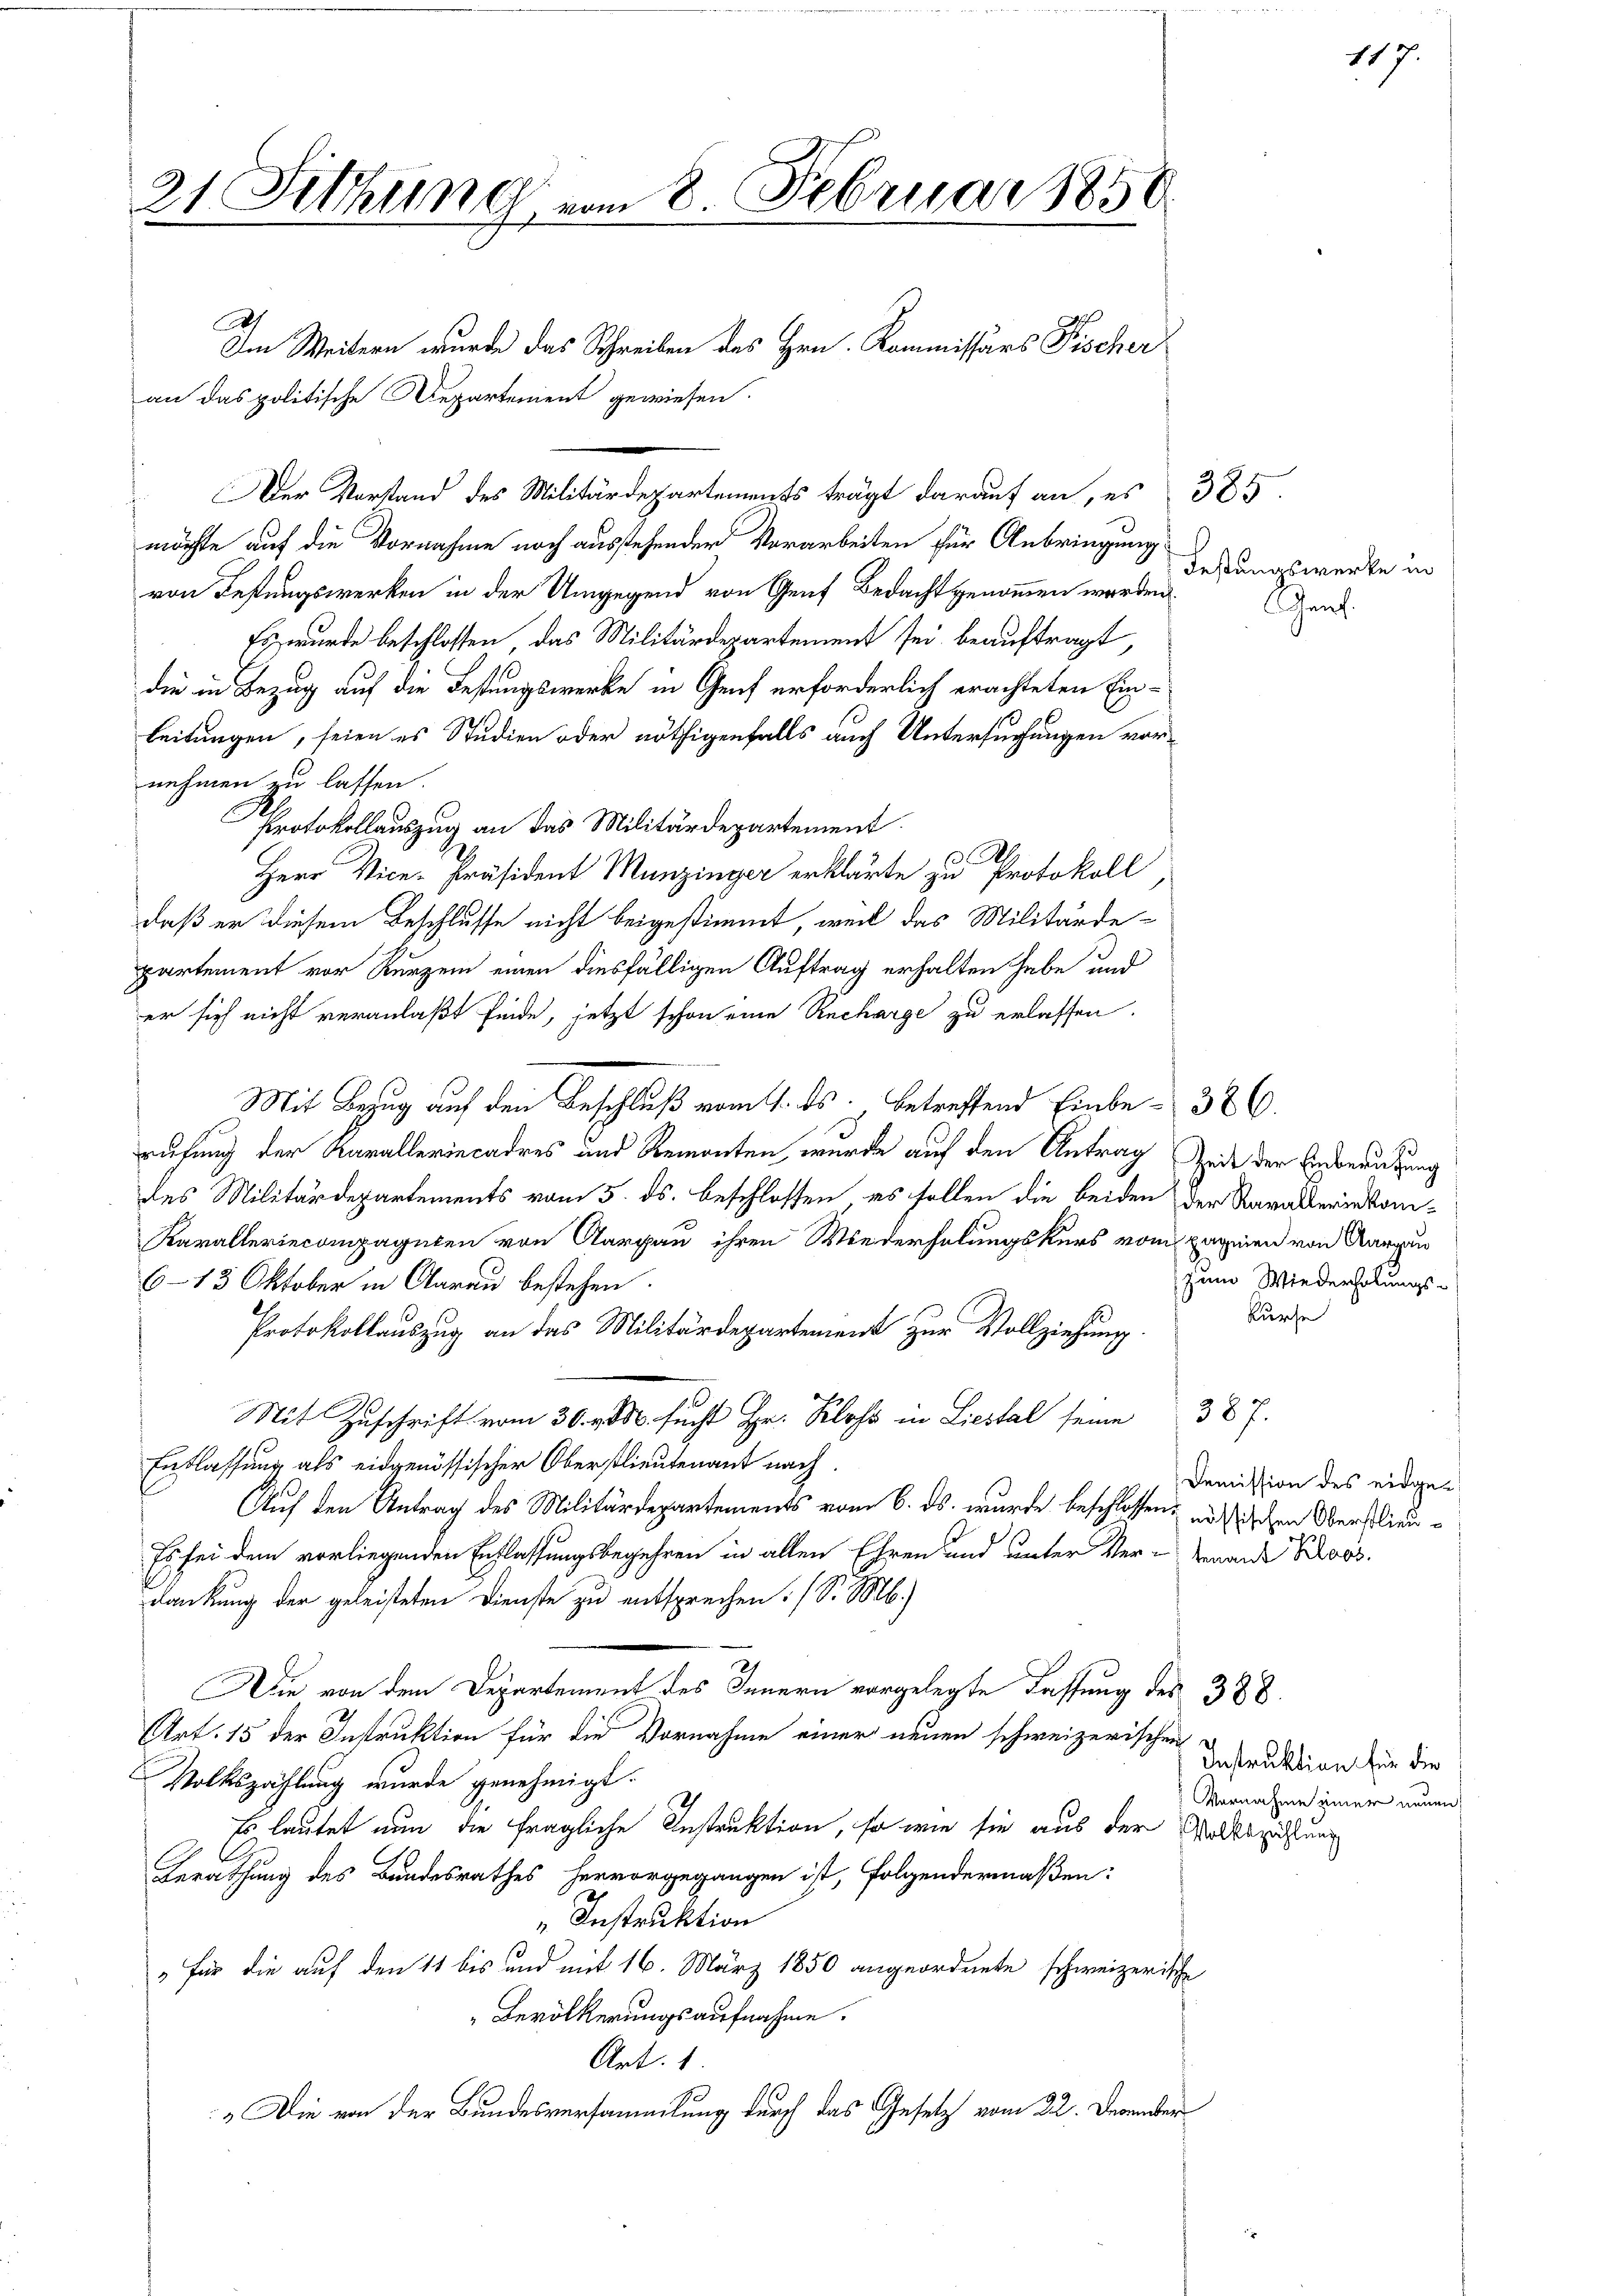
21 Sitzung vom 8. Februar 1850.
2)
Im Weitern wurde das Schreiben des Hrn. Kommissärs Fischer
an das politische Departement gewiesen.

möchte auf die Vornahme noch ausstehender Vorarbeiten für Anbringung.
von Festungswerken in der Umgegend von Genf Bedacht genommen werden
Es wurde beschlossen, das Militärdepartement sei beauftragt,
die in Bezug auf die Festungswerke in Genf erforderlich erachteten Einleitungen, seien es Studien oder nöthigenfalls auch Untersuchungen vornehmen zu lassen.
Protokollauszug an das Militärdepartement
Herr Vice-Präsident Munzinger erklärte zu Protokoll
daß er diesem Beschlusse nicht beigestimmt, weil das Militärdepartement vor Kurzem einen diesfälligen Auftrag erhalten habe und
er sich nicht veranlaßt finde, jetzt schon eine Recharge zu erlassen.
Mit Bezug auf den Beschluß vom 1. ds. betreffend Einbe- 386.
rufung der Karallerincadres und Remonten, wurde auf den Antrag Zeit der Einberutzung
des Militärdepartements vom 5. ds. beschlossen, es sollen die beiden der Karakteriekom¬
Karalleriecompagnien von Aargau ihren Wiederholungskurs vom pagnien von Aargau
6-13 Oktober in Aarau bestehen.
Protokollauszug an das Militärdepartement zur Vollziehung. Bure
387.
Mit Zuschrift vom 30. v. M. sucht Hr. Kloss in Liestal seine
Entlassung als eidgenössischer Oberstlieutenant nach
Auf den Antrag des Militärdepartements vom 6. ds. wurde beschlossen, nötischen Oberstlieu¬
Es sei dem vorliegenden Entlassungsbegehren in allen Ehren und unter Ver-Grande Schoos.
dankung der geleisteten Dienste zu entsprechen. (S. M.)
Die von dem Departement des Innern vorgelegte Fassung des 388.
Art. 15 der Instruktion für die Vornahme einer neuen schweizerischen
Volkszählung wurde genehmigt.
Es lautet nun die fragliche Instruktion, so wie sie aus der Waltszahlung
Gerathung des Bundesrathes hervorgegangen ist, folgendermaßen:
Instruktion
" für die auf den 11 bis und mit 16. März 1850 angeordnete schweizerische
Bevölkerungsaufnahme.
Art. 1.
 Die von der Bundesversammlung durch das Gesetz vom 22. December

Der Vorstand des Militärdepartement trägt darauf an, es 385

Festungswerke in

zum Wiederholungs-

Demission des eidge-

ant.

117.

Instruktion für die
Vornahme einer neuen